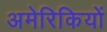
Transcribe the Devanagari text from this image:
अमेरिकियों